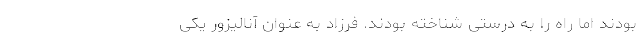
بودند اما راه را به درستی شناخته بودند. فرزاد به عنوان آنالیزور یکی